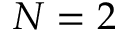
N = 2